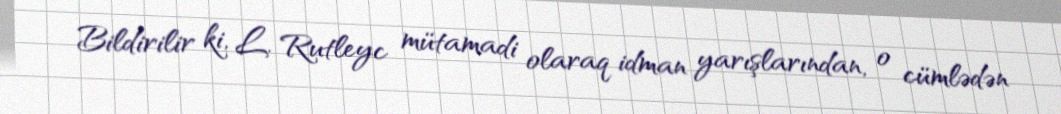
Bildirilir ki, L. Rutleyc mütamadi olaraq idman yarışlarından, o cümlədən